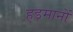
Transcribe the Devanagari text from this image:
हड़मानों